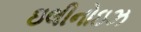
ઇલીનોઇઝ